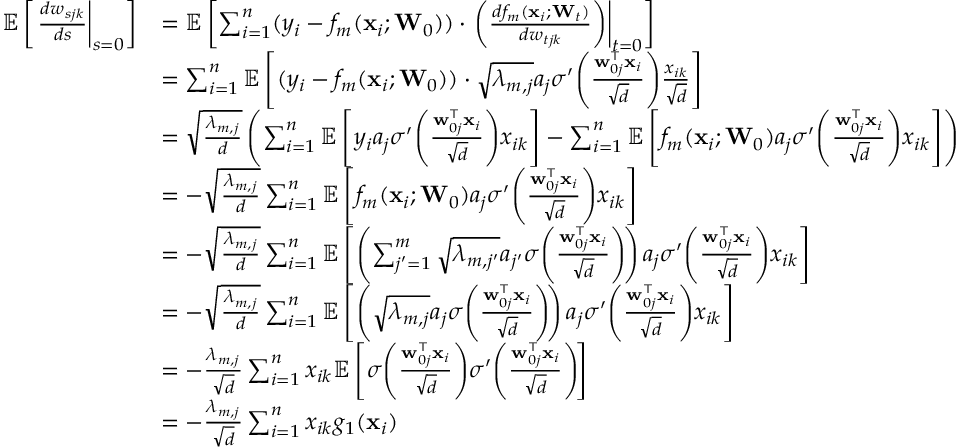
\begin{array} { r l } { \mathbb { E } \left[ \left. \frac { d w _ { s j k } } { d s } \right| _ { s = 0 } \right] } & { = \mathbb { E } \left[ \sum _ { i = 1 } ^ { n } ( y _ { i } - f _ { m } ( \mathbf { x } _ { i } ; \mathbf { W } _ { 0 } ) ) \cdot \left. \left( \frac { d f _ { m } ( \mathbf { x } _ { i } ; \mathbf { W } _ { t } ) } { d w _ { t j k } } \right) \right| _ { t = 0 } \right] } \\ & { = \sum _ { i = 1 } ^ { n } \mathbb { E } \left[ ( y _ { i } - f _ { m } ( \mathbf { x } _ { i } ; \mathbf { W } _ { 0 } ) ) \cdot \sqrt { \lambda _ { m , j } } a _ { j } \sigma ^ { \prime } \! \left( \frac { \mathbf { w } _ { 0 j } ^ { \top } \mathbf { x } _ { i } } { \sqrt { d } } \right) \! \frac { x _ { i k } } { \sqrt { d } } \right] } \\ & { = \sqrt { \frac { \lambda _ { m , j } } { d } } \left( \sum _ { i = 1 } ^ { n } \mathbb { E } \left[ y _ { i } a _ { j } \sigma ^ { \prime } \! \left( \frac { \mathbf { w } _ { 0 j } ^ { \top } \mathbf { x } _ { i } } { \sqrt { d } } \right) \! x _ { i k } \right] - \sum _ { i = 1 } ^ { n } \mathbb { E } \left[ f _ { m } ( \mathbf { x } _ { i } ; \mathbf { W } _ { 0 } ) a _ { j } \sigma ^ { \prime } \! \left( \frac { \mathbf { w } _ { 0 j } ^ { \top } \mathbf { x } _ { i } } { \sqrt { d } } \right) \! x _ { i k } \right] \right) } \\ & { = - \sqrt { \frac { \lambda _ { m , j } } { d } } \sum _ { i = 1 } ^ { n } \mathbb { E } \left[ f _ { m } ( \mathbf { x } _ { i } ; \mathbf { W } _ { 0 } ) a _ { j } \sigma ^ { \prime } \! \left( \frac { \mathbf { w } _ { 0 j } ^ { \top } \mathbf { x } _ { i } } { \sqrt { d } } \right) \! x _ { i k } \right] } \\ & { = - \sqrt { \frac { \lambda _ { m , j } } { d } } \sum _ { i = 1 } ^ { n } \mathbb { E } \left[ \left( \sum _ { j ^ { \prime } = 1 } ^ { m } \sqrt { \lambda _ { m , j ^ { \prime } } } a _ { j ^ { \prime } } \sigma \! \left( \frac { \mathbf { w } _ { 0 j } ^ { \top } \mathbf { x } _ { i } } { \sqrt { d } } \right) \! \right) a _ { j } \sigma ^ { \prime } \! \left( \frac { \mathbf { w } _ { 0 j } ^ { \top } \mathbf { x } _ { i } } { \sqrt { d } } \right) \! x _ { i k } \right] } \\ & { = - \sqrt { \frac { \lambda _ { m , j } } { d } } \sum _ { i = 1 } ^ { n } \mathbb { E } \left[ \left( \sqrt { \lambda _ { m , j } } a _ { j } \sigma \! \left( \frac { \mathbf { w } _ { 0 j } ^ { \top } \mathbf { x } _ { i } } { \sqrt { d } } \right) \! \right) a _ { j } \sigma ^ { \prime } \! \left( \frac { \mathbf { w } _ { 0 j } ^ { \top } \mathbf { x } _ { i } } { \sqrt { d } } \right) \! x _ { i k } \right] } \\ & { = - \frac { \lambda _ { m , j } } { \sqrt { d } } \sum _ { i = 1 } ^ { n } x _ { i k } \mathbb { E } \left[ \sigma \! \left( \frac { \mathbf { w } _ { 0 j } ^ { \top } \mathbf { x } _ { i } } { \sqrt { d } } \right) \! \sigma ^ { \prime } \! \left( \frac { \mathbf { w } _ { 0 j } ^ { \top } \mathbf { x } _ { i } } { \sqrt { d } } \right) \! \right] } \\ & { = - \frac { \lambda _ { m , j } } { \sqrt { d } } \sum _ { i = 1 } ^ { n } x _ { i k } g _ { 1 } ( \mathbf { x } _ { i } ) } \end{array}